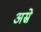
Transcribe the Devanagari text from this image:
अस्रे